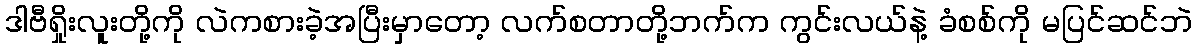
ဒါဗီရှိုးလူးတို့ကို လဲကစားခဲ့အပြီးမှာတော့ လက်စတာတို့ဘက်က ကွင်းလယ်နဲ့ ခံစစ်ကို မပြင်ဆင်ဘဲ